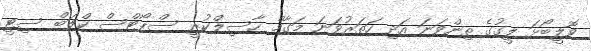
ވޮލީބޯޅަ ލީގުގެ ތިންވަނަ އަދި ހަތަރުވަނަ މަގާމް ހާސިލްކުރީ ސްޕޯޓްސް ކްލަބް ސިޓީ